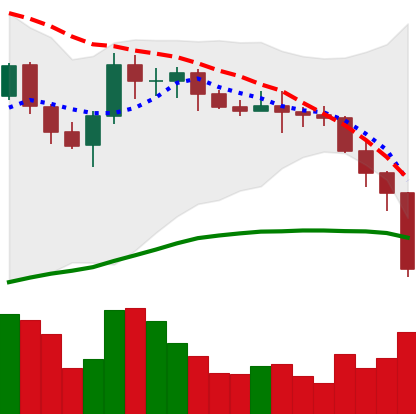
Ticker: XMR-USD
Chart end date: 2022-06-13
Forward return: -21.13%
Label: down_7plus